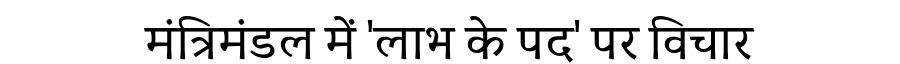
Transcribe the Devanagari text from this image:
मंत्रिमंडल में 'लाभ के पद' पर विचार